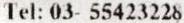
TEL: 03- 55423228